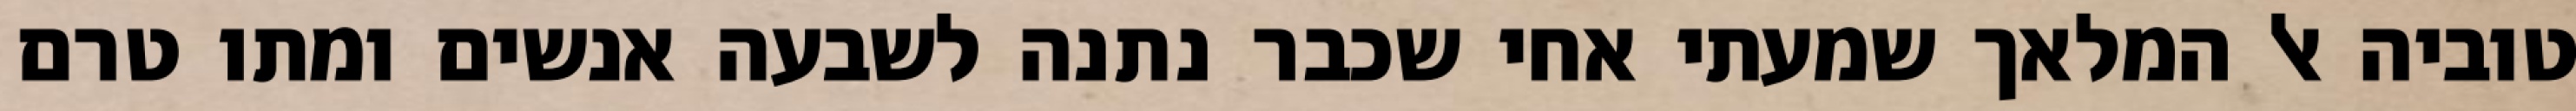
טוביה אל המלאך שמעתי אחי שכבר נתנה לשבעה אנשים ומתו טרם